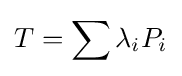
\displaystyle {T=\sum \lambda _{i}P_{i}}